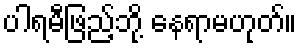
ပါရမီဖြည့်ဘို့ နေရာမဟုတ်။